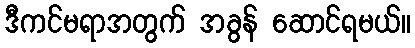
ဒီကင်မရာအတွက် အခွန် ဆောင်ရမယ်။